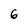
Character: 6